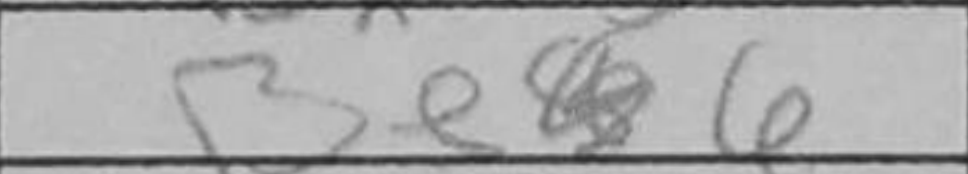
Transcription: Be6